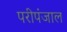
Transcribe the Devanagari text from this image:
परीपंजाल